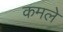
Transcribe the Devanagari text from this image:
कमले